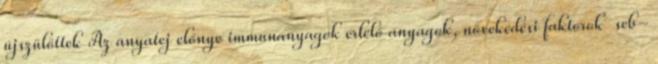
újszülöttek Az anyatej előnye immunanyagok érlelő anyagok, növekedési faktorok seb-